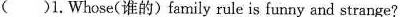
( )1Whose(谁的)familyrule is funnyand strange?